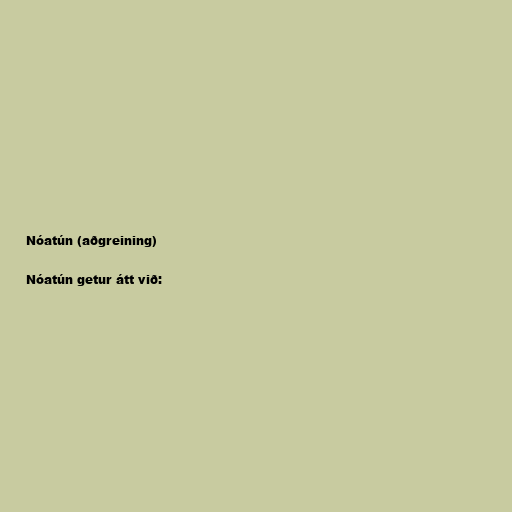
Nóatún (aðgreining)

Nóatún getur átt við: